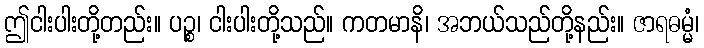
ဤငါးပါးတို့တည်း။ ပဉ္စ၊ ငါးပါးတို့သည်။ ကတမာနိ၊ အဘယ်သည်တို့နည်း။ ဇာရဓမ္မံ၊